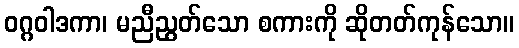
ဝဂ္ဂဝါဒကာ၊ မညီညွတ်သော စကားကို ဆိုတတ်ကုန်သော။